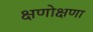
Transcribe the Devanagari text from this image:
क्षणोक्षणा